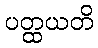
ပတ္ထယတိ